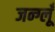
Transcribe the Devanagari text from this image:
जन्ग्लूँ